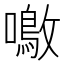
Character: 𫬚